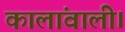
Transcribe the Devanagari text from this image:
कालांवाली।